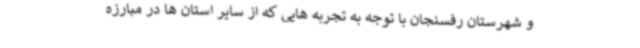
و شهرستان رفسنجان با توجه به تجربه هایی که از سایر استان ها در مبارزه